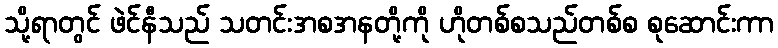
သို့ရာတွင် ဖဲင်နီသည် သတင်းအစအနတို့ကို ဟိုတစ်စသည်တစ်စ စုဆောင်းကာ